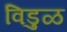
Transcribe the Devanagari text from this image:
विडुळ